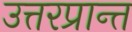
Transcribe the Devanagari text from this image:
उत्तरप्रान्त